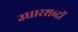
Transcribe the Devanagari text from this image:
उधारशब्दों